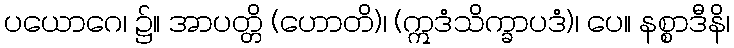
ပယောဂေ၊ ၌။ အာပတ္တိ (ဟောတိ)၊ (ဣဒံသိက္ခာပဒံ)၊ ပေ။ နစ္စာဒီနိ၊